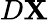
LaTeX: D\mathbf{X}